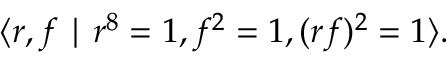
\langle r , f \mid r ^ { 8 } = 1 , f ^ { 2 } = 1 , ( r f ) ^ { 2 } = 1 \rangle .